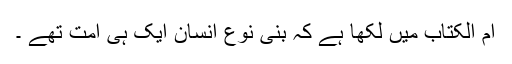
اُم الکتاب میں لکھا ہے کہ بنی نوعِ انسان ایک ہی اُمت تھے ۔